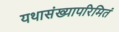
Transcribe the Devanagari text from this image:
यथासंख्यापरिमितं